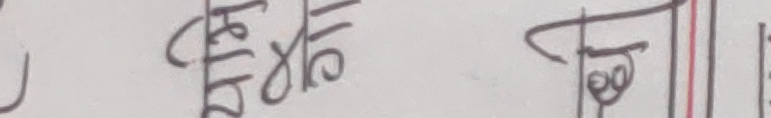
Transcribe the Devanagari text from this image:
९० ४ ८